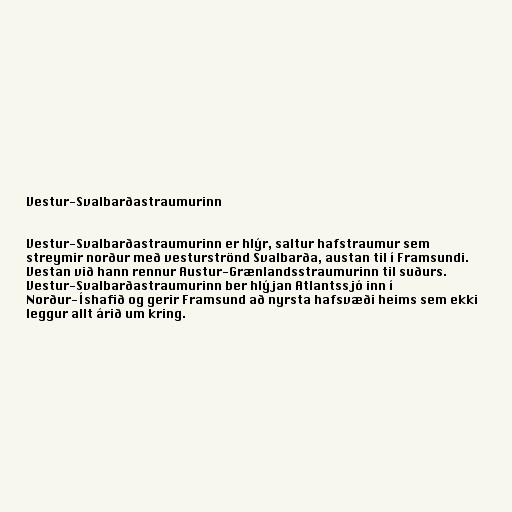
Vestur-Svalbarðastraumurinn

Vestur-Svalbarðastraumurinn er hlýr, saltur hafstraumur sem
streymir norður með vesturströnd Svalbarða, austan til í Framsundi.
Vestan við hann rennur Austur-Grænlandsstraumurinn til suðurs.
Vestur-Svalbarðastraumurinn ber hlýjan Atlantssjó inn í
Norður-Íshafið og gerir Framsund að nyrsta hafsvæði heims sem ekki
leggur allt árið um kring.